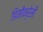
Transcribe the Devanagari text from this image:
डिमौक्रेसी